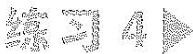
练习4